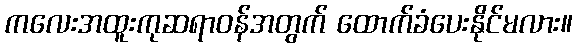
ကလေးအထူးကုဆရာဝန်အတွက် ထောက်ခံပေးနိုင်မလား။